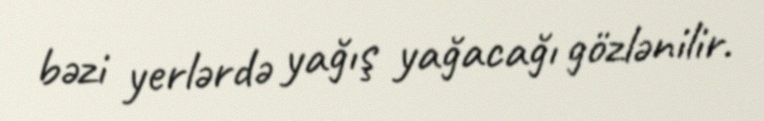
bəzi yerlərdə yağış yağacağı gözlənilir.